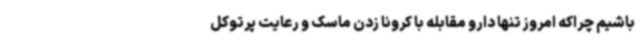
باشیم چراکه امروز تنها دارو مقابله با کرونا زدن ماسک و رعایت پرتوکل